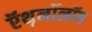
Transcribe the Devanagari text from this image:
ऍथ़नॉलॉग